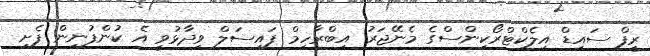
ރީފް ސައިޑް އިލެކްޓްރޯކިންސްގެ މެނޭޖަރު އިބްރާހިމް ފައިސަލް ވިދާޅުވީ އެ ކުންފުނިން ފެށި